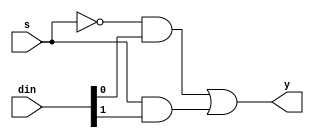
/*
data flow model of a 2x1 mux
*/

module mux_2x1(input[1:0] din, input s, output y);

    assign y = ((~s)&din[0])|((s)&din[1]); 

endmodule